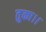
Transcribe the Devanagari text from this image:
तुका।।